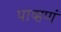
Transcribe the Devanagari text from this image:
पाव्हणं